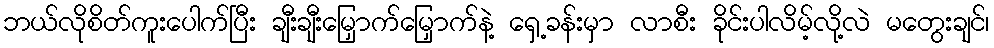
ဘယ်လိုစိတ်ကူးပေါက်ပြီး ချီးချီးမြှောက်မြှောက်နဲ့ ရှေ့ခန်းမှာ လာစီး ခိုင်းပါလိမ့်လို့လဲ မတွေးချင်၊